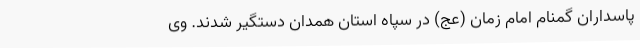
پاسداران گمنام امام زمان (عج) در سپاه استان همدان دستگیر شدند. وی